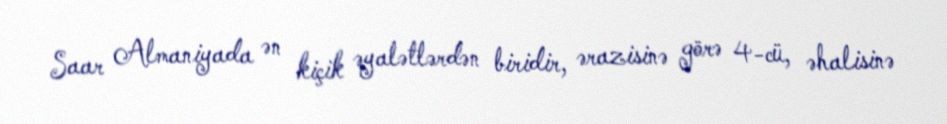
Saar Almaniyada ən kiçik əyalətlərdən biridir, ərazisinə görə 4-cü, əhalisinə